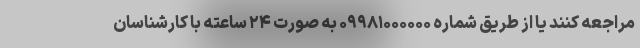
مراجعه کنند یا از طریق شماره ۰۹۹۸۱۰۰۰۰۰۰ به صورت ۲۴ ساعته با کارشناسان